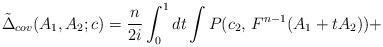
\begin{align*}\tilde{\Delta}_{cov}(A_{1},A_{2};c)=\frac{n}{2i}\int_{0}^{1}dt\int P(c_{2},\, F^{n-1}(A_{1}+tA_{2}))+\end{align*}